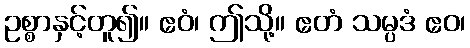
ဥစ္စာနှင့်တူ၍။ ဧဝံ၊ ဤသို့။ ဧတံ သမ္ပဒံ ဧဝ၊